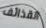
القذائف